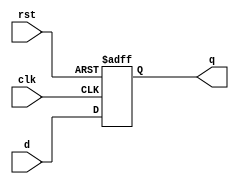
/***********************************************
    D - Flip-Flop  (negative edge triggred)
    Asynchronous Reset (active high)
***********************************************/

module dff_neg_rst_bh(q,d,clk,rst);

input d,clk,rst;
output reg q;

always@(negedge clk or posedge rst)
begin
    if(rst)
        q<=1'b0;
    else 
        q<=d; 
end


endmodule